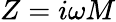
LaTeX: Z=i\omega M